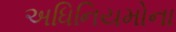
અધિનિયમોના